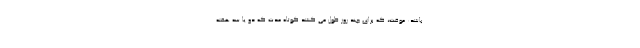
باشد: موقت، که برای چند روز طول می کشد کوتاه مدت که دو یا سه هفته